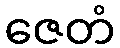
ဇေတံ